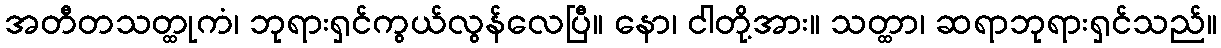
အတီတသတ္ထုကံ၊ ဘုရားရှင်ကွယ်လွန်လေပြီ။ နော၊ ငါတို့အား။ သတ္ထာ၊ ဆရာဘုရားရှင်သည်။